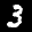
Label: 3